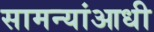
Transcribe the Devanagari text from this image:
सामन्यांआधी